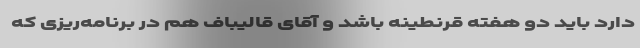
دارد باید دو هفته قرنطینه باشد و آقای قالیباف هم در برنامه‌ریزی که